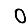
Digit: 0